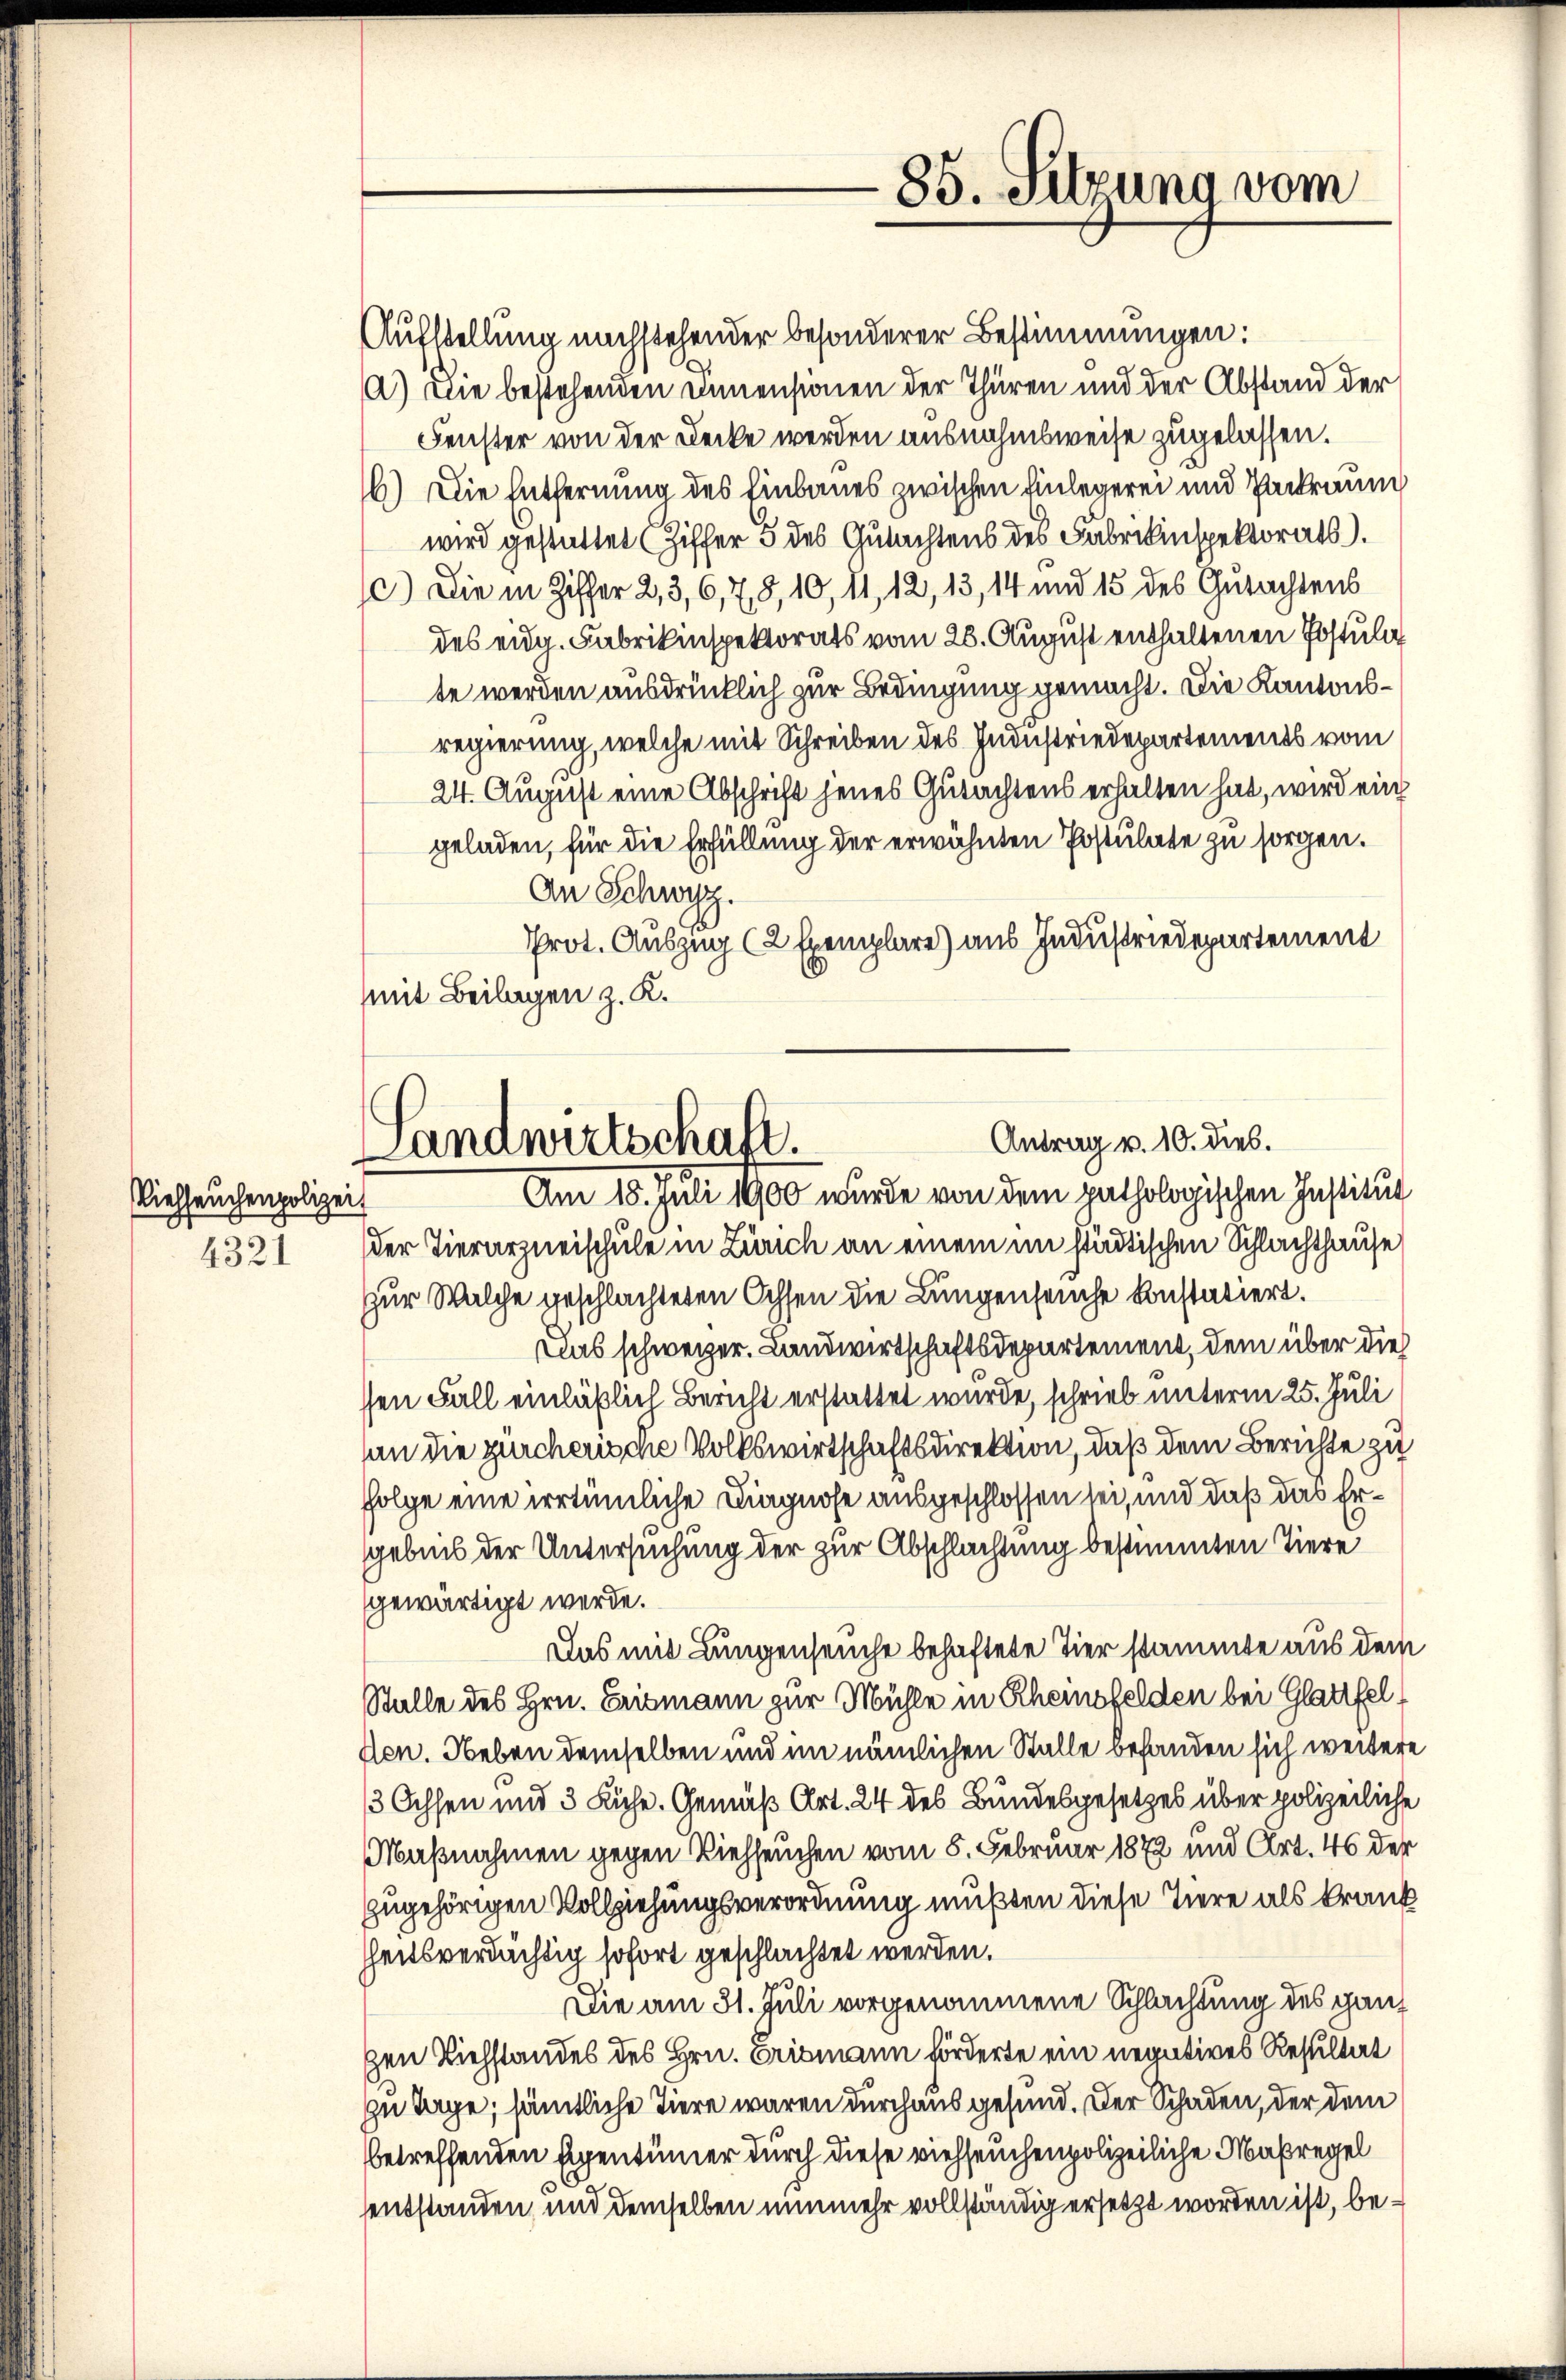
Viehseuchenpolizei
4321

Aufstellung nachstehender besonderer Bestimmungen:
a) Die bestehenden innensionen der Thüren und der Abstand der
Fenster von der Decke werden ausnahmsweise zugelassen.
16) Die Entfernung des Einbaues zwischen Einlegerei und Packraum
wird gestattet (Ziffer 5 des Gutachtens des Fabrikinspektorats.
1) Die in Ziffer 2, 3, 6, 78, 10, 11, 12, 13, 14 und 15 des Gutachtens
des eidg. Fabrikinspektorats vom 28. August enthaltenen Postula
te werden ausdrücklich zur Bedingung gemacht. Die Kantonsregierung, welche mit Schreiben des Industriedepartements vom
24. August eine Abschrift jenes Gutachtens erhalten hat, wird ein
geladen, für die Erfüllung der erwähnten Postulate zu sorgen.
An Schwyz
Prot. Auszug (2 Exemplare) aus Industriedepartement
mit Beilagen z. K.

85. Sitzung vom

Antrag v. 10. dies.
Sandwirtschaft.
Am 18. Juli 1900 wurde von dem pathologischen Institut

der Tierarzneischule in Zürich an einem im städtischen Schlachthause
zur Walche geschlachteten Ochsen die Lungenseuche konstatiert.
cias schweizer. Landwirtschaftsdepartement, dem über dies
sen Fall einläßlich Bericht erstattet wurde, schrieb unterm 25. Juli
an die zürchensche Volkswirtschaftsdirektion, daß dem Berichte zu
Folge eine irrtümliche Diagnose ausgeschlossen sei, und daß das Ergebiet der Untersuchung der zur Abschlachtung bestimmten Tiere
gewärtigt werde.
Das mit Lungenseuche behaftete Tier stammte aus dem
Stalle des Hrn. Erismann zur Mühle in Rheinsfelden bei Glattfel
den. Neben demselben und im nämlichen Stalle befanden sich weitere
/3 Ochsen und 3 Ruhe. Gemäß Art. 24 des Bundesgesetzes über polizeiliche
Maßnahmen gegen Viehseuchen vom 8. Februar 1872 und Art. 46 der
zugehörigen Vollziehungsverordnung mußten diese Tiere als krank
hheitsverdächtig sofort geschlachtet werden.
Die am 31. Juli vorgenommene Schlachtung des ganz
gen Viehstandes des Hrn. Erismann förderte ein negatives Resultat
zu Tage, sämtliche Tiere waren durchaus gesund. Der Schaden, der dem
betreffenden Eigentümer durch diese viehseuchenpolizeiliche Maßregel
entstanden und demselben nunmehr vollständig ersetzt worden ist, be¬